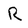
Character: R